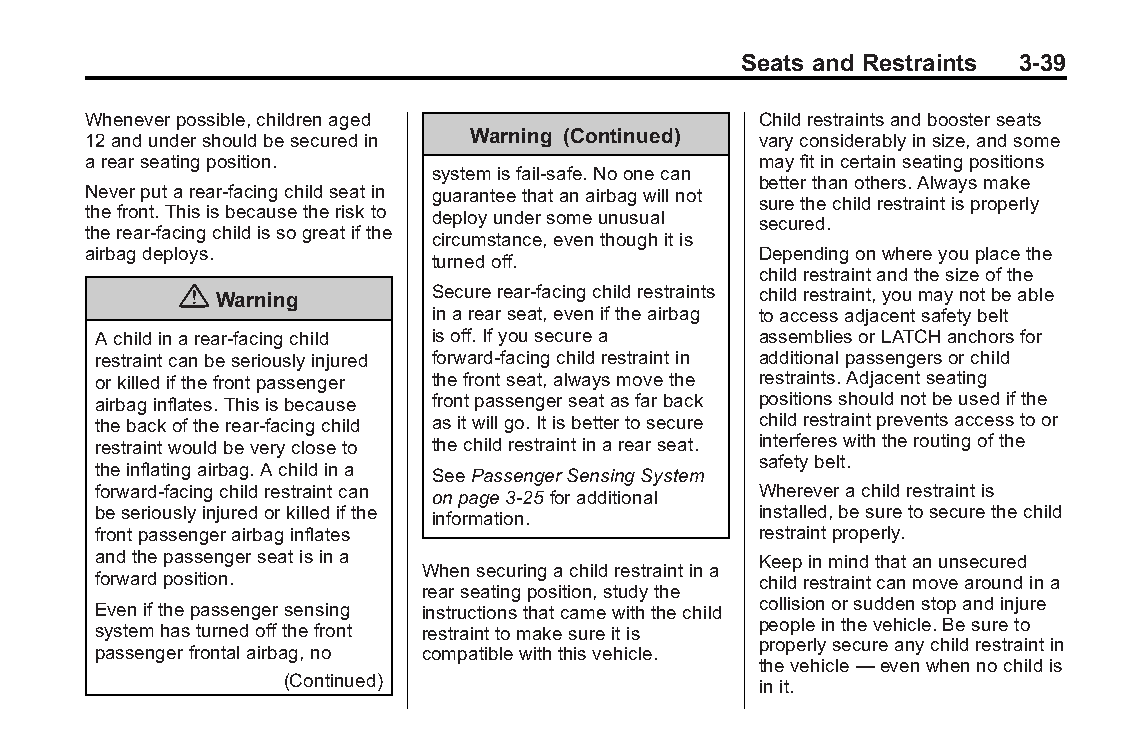
Buick LaCrosse Owner Manual (GMNA-Localizing-U.S./Canada/Mexico- Blackplate(39,1)
 6043609)-2014-2ndEdition-10/17/13
 Seats and Restraints 3-39
 Wheneverpossible,childrenaged                Childrestraintsandboosterseats
 12andundershouldbesecuredin Warning (Continued) varyconsiderablyinsize,andsome
 arearseatingposition.                        mayfitincertainseatingpositions
 systemisfail-safe.Noonecan
 betterthanothers.Alwaysmake
 Neverputarear-facingchildseatin guaranteethatanairbagwillnot
 surethechildrestraintisproperly
 thefront.Thisisbecausetheriskto deployundersomeunusual secured.
 therear-facingchildissogreatifthe
 circumstance,eventhoughitis
 airbagdeploys.                               Dependingonwhereyouplacethe
 turnedoff.
 childrestraintandthesizeofthe
 { Warning       Securerear-facingchildrestraints childrestraint,youmaynotbeable
 inarearseat,eveniftheairbag toaccessadjacentsafetybelt
 Achildinarear-facingchild isoff.Ifyousecurea assembliesorLATCHanchorsfor
 restraintcanbeseriouslyinjured forward-facingchildrestraintin additionalpassengersorchild
 orkilledifthefrontpassenger thefrontseat,alwaysmovethe restraints.Adjacentseating
 airbaginflates.Thisisbecause frontpassengerseatasfarback positionsshouldnotbeusedifthe
 thebackoftherear-facingchild asitwillgo.Itisbettertosecure childrestraintpreventsaccesstoor
 restraintwouldbeverycloseto thechildrestraintinarearseat. interfereswiththeroutingofthe
 safetybelt.
 theinflatingairbag.Achildina SeePassengerSensingSystem
 forward-facingchildrestraintcan onpage3-25foradditional Whereverachildrestraintis
 beseriouslyinjuredorkilledifthe information. installed,besuretosecurethechild
 frontpassengerairbaginflates                restraintproperly.
 andthepassengerseatisina                    Keepinmindthatanunsecured
 Whensecuringachildrestraintina
 forwardposition.                            childrestraintcanmovearoundina
 rearseatingposition,studythe
 Evenifthepassengersensing instructionsthatcamewiththechild collisionorsuddenstopandinjure
 peopleinthevehicle.Besureto
 systemhasturnedoffthefront restrainttomakesureitis
 properlysecureanychildrestraintin
 passengerfrontalairbag,no compatiblewiththisvehicle.
 thevehicle—evenwhennochildis
 (Continued)
 init.